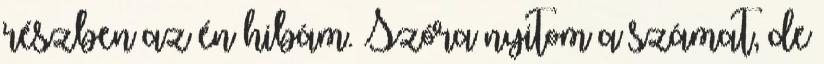
részben az én hibám. Szóra nyitom a számat, de